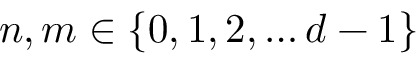
n , m \in \{ 0 , 1 , 2 , \ldots d - 1 \}